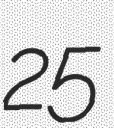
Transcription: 25